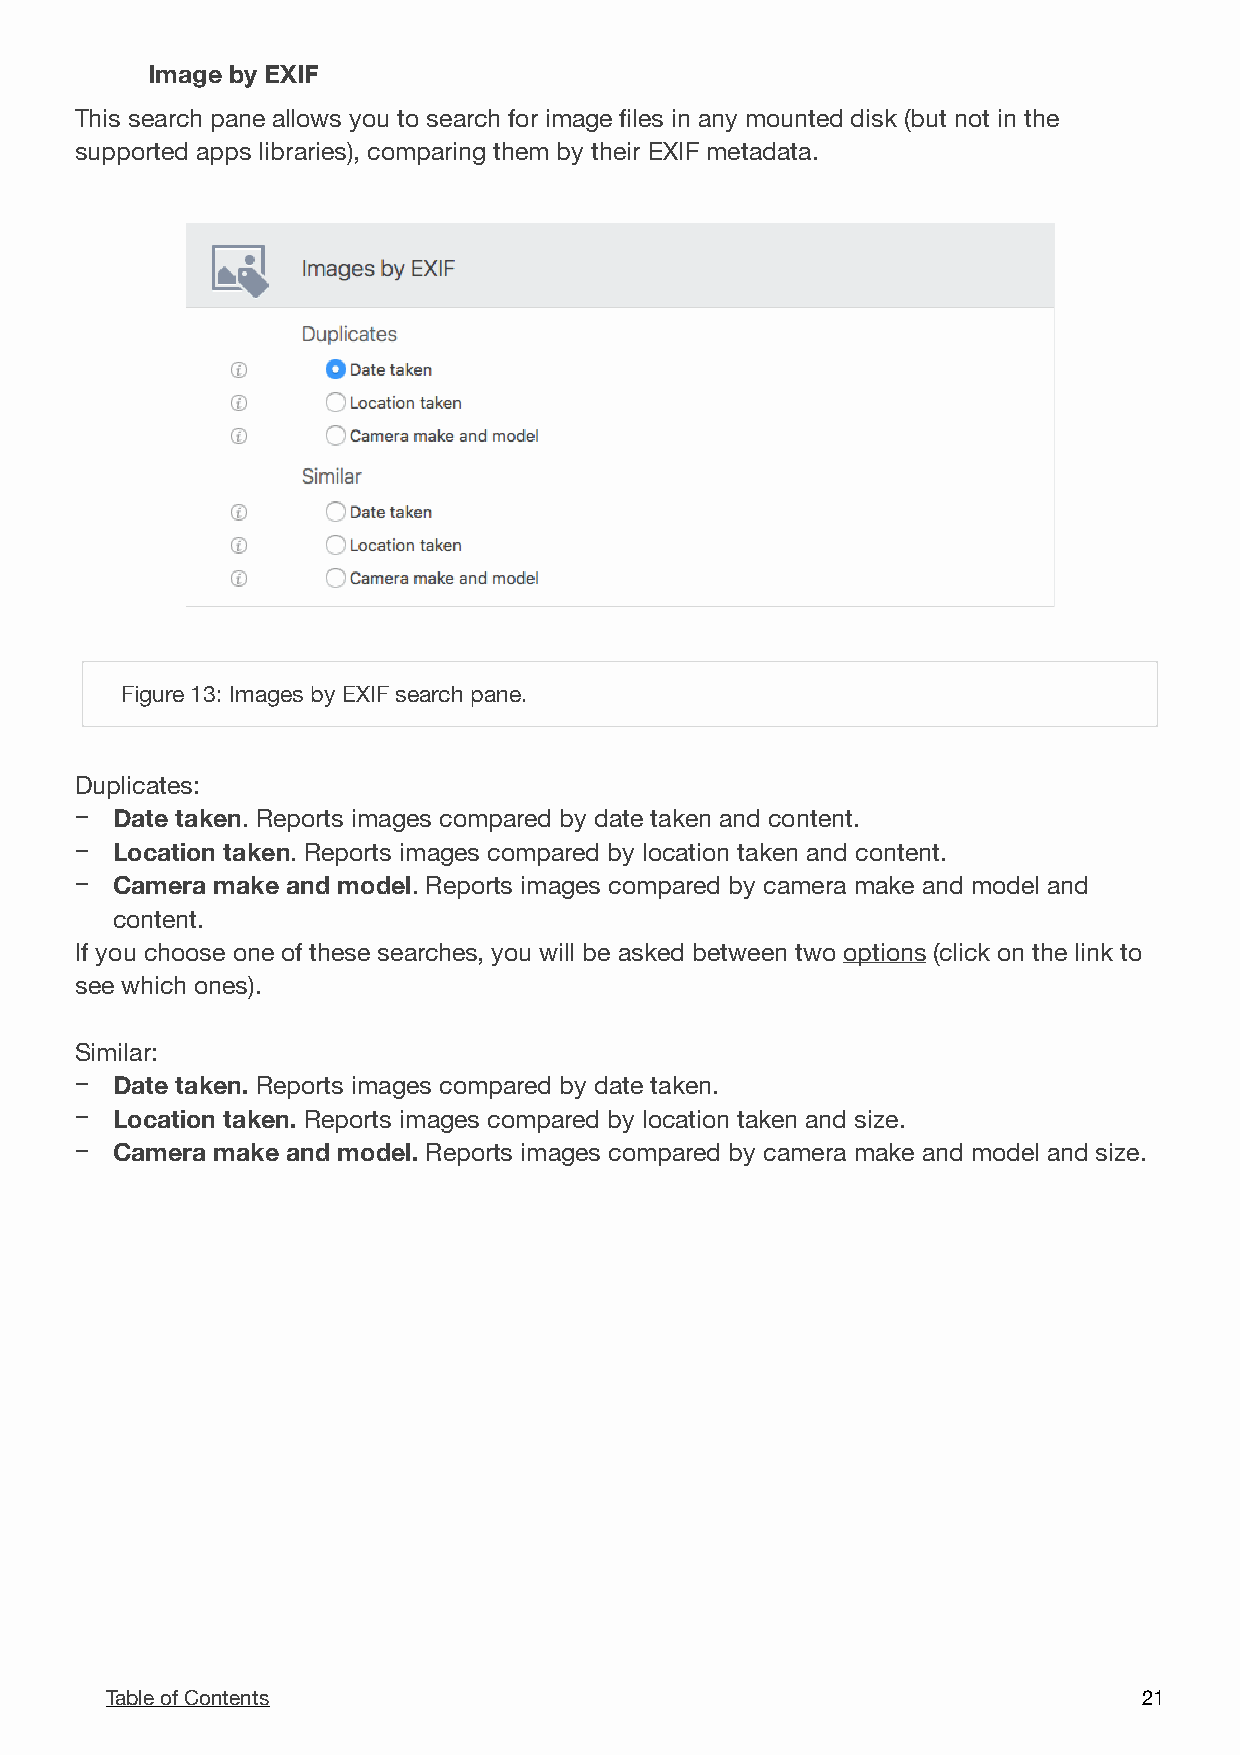
Image by EXIF
 This search pane allows you to search for image files in any mounted disk (but not in the
 supported apps libraries), comparing them by their EXIF metadata.
 !
 Figure 13: Images by EXIF search pane.
 Duplicates:
 − Date taken. Reports images compared by date taken and content.
 − Location taken. Reports images compared by location taken and content.
 − Camera make and model. Reports images compared by camera make and model and
 content.
 If you choose one of these searches, you will be asked between two options (click on the link to
 see which ones).
 Similar:
 − Date taken. Reports images compared by date taken.
 − Location taken. Reports images compared by location taken and size.
 − Camera make and model. Reports images compared by camera make and model and size.
 Table of Contents                                                    2 1